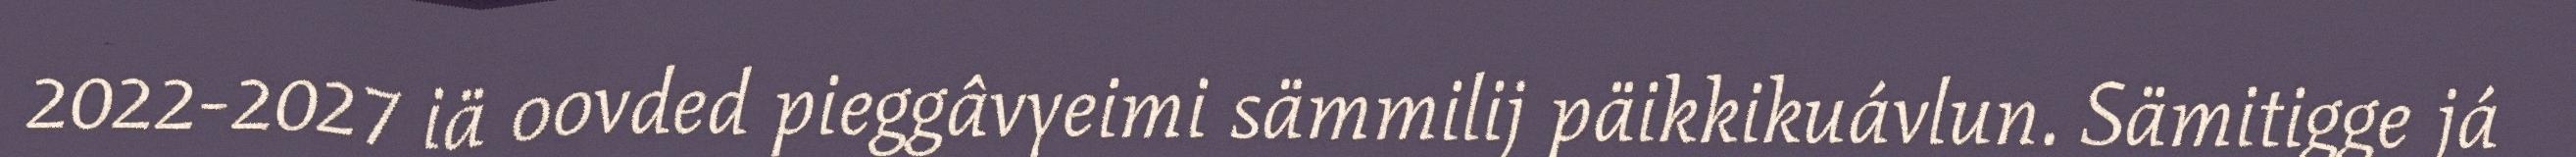
2022-2027 iä oovded pieggâvyeimi sämmilij päikkikuávlun. Sämitigge já